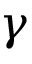
\gamma